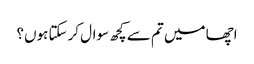
اچھا میں تم سے کچھ سوال کرسکتا ہوں؟